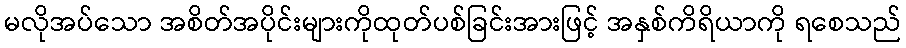
မလိုအပ်သော အစိတ်အပိုင်းများကိုထုတ်ပစ်ခြင်းအားဖြင့် အနှစ်ကိရိယာကို ရစေသည်